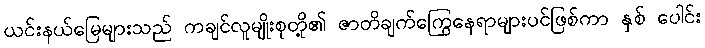
ယင်းနယ်မြေများသည် ကချင်လူမျိုးစုတို့၏ ဇာတိချက်ကြွေနေရာများပင်ဖြစ်ကာ နှစ် ပေါင်း